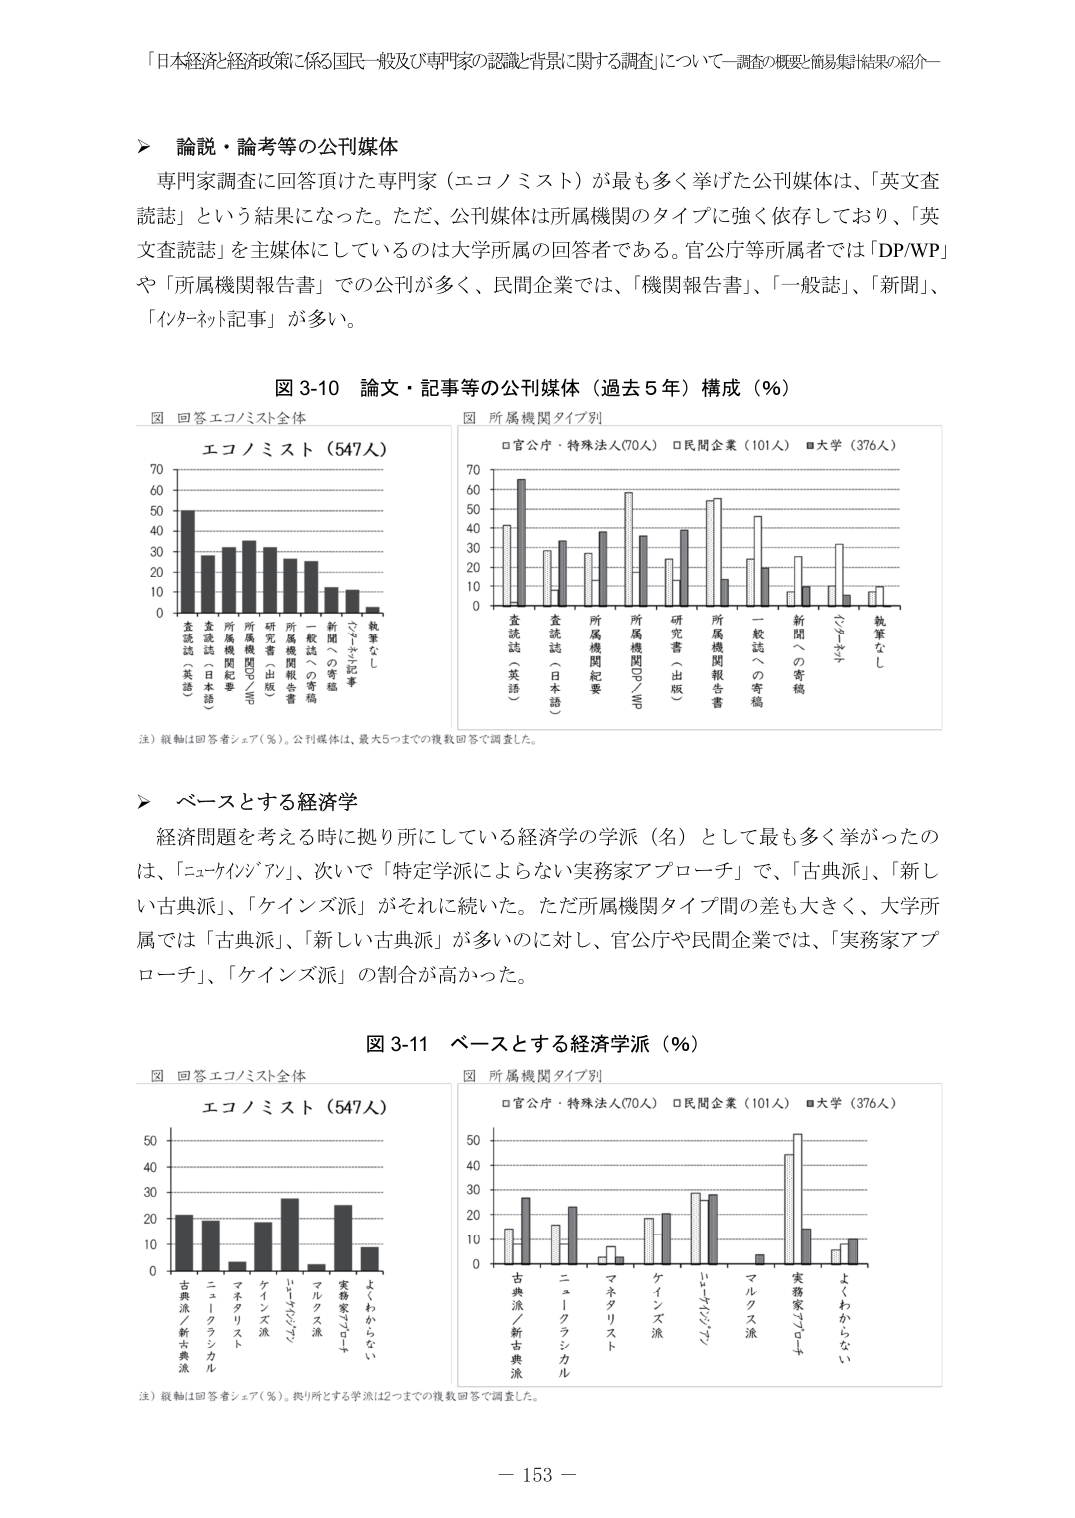
「日本経済と経済政策に係る国民一般及び専門家の認識と背景に関する調査」について－調査の概要と簡易集計結果の紹介－

▶ 論説・論考等の公刊媒体
専門家調査に回答頂いた専門家（エコノミスト）が最も多く挙げた公刊媒体は、「英文査読誌」という結果になった。ただ、公刊媒体は所属機関のタイプに強く依存しており、「英文査読誌」を主媒体としているのは大学所属の回答者である。官公庁等所属者では「DP/WP」や「所属機関報告書」での公刊が多く、民間企業では、「機関報告書」、「一般誌」、「新聞」、「インターネット記事」が多い。

図 3-10 論文・記事等の公刊媒体（過去5年）構成（％）
図 回答エコノミスト全体
エコノミスト（547人）
（縦軸は回答者シェア（％）。公刊媒体は、最大5つまでの複数回答で調査した。）

図 所属機関タイプ別
□官公庁・特殊法人（70人） □民間企業（101人） ■大学（376人）
（縦軸は回答者シェア（％）。公刊媒体は、最大5つまでの複数回答で調査した。）

▶ ベースとする経済学
経済問題を考える時に拠り所にしている経済学の学派（名）として最も多く挙がったのは、「ニューキリアン」、次いで「特定学派によらない実務家アプローチ」で、「古典派」、「新しい古典派」、「ケインズ派」がそれに続いた。ただ所属機関タイプ間の差も大きく、大学所属では「古典派」、「新しい古典派」が多いのに対し、官公庁や民間企業では、「実務家アプローチ」、「ケインズ派」の割合が高かった。

図 3-11 ベースとする経済学派（％）
図 回答エコノミスト全体
エコノミスト（547人）
（縦軸は回答者シェア（％）。拠り所とする学派は2つまでの複数回答で調査した。）

図 所属機関タイプ別
□官公庁・特殊法人（70人） □民間企業（101人） ■大学（376人）
（縦軸は回答者シェア（％）。拠り所とする学派は2つまでの複数回答で調査した。）

－ 153 －